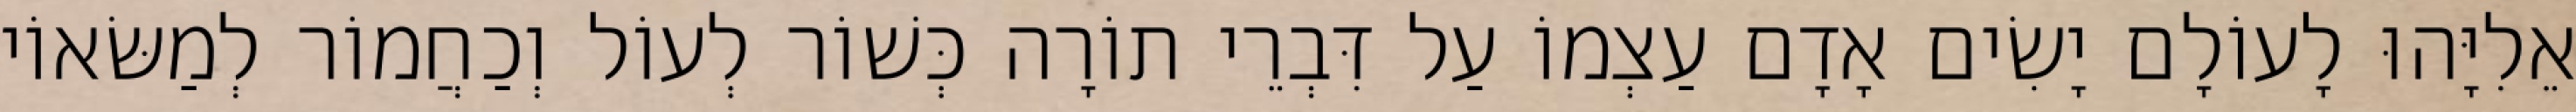
אֵלִיָּהוּ לָעוֹלָם יָשִׂים אָדָם עַצְמוֹ עַל דִּבְרֵי תוֹרָה כְּשׁוֹר לְעוֹל וְכַחֲמוֹר לְמַשּׂאוֹי